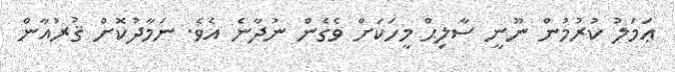
ޢަމަލު ކުރުމުން ނޫނީ ސާލިޙް މީހަކަށް ވެގެން ނުދާނެ އެވެ. ނަމާދުކޮށް ޤުރުއާން